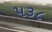
૫૩૮